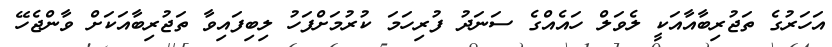
އަހަރުގެ ތަޖުރިބާއާއަކީ ލެވަލް ހައެއްގެ ސަނަދު ފުރިހަމަ ކުރުމަށްފަހު ލިބިފައިވާ ތަޖުރިބާއަކަށް ވާންޖެހޭ